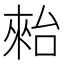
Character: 𣖤